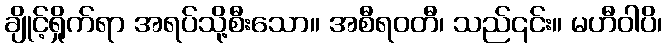
ချိုင့်ရှိုက်ရာ အရပ်သို့စီးသော။ အစီရဝတီ၊ သည်၎င်း။ မဟီဝါပိ၊